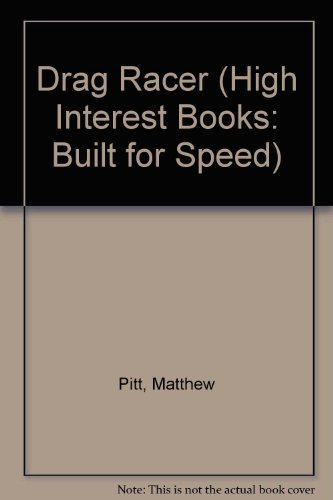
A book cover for Drag Racer (High Interest Books: Built for Speed); Matthew Pitt; Teen & Young Adult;